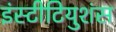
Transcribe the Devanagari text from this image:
इंस्टीटियुशंस